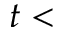
t <